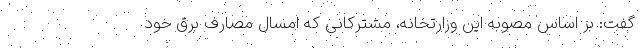
گفت: بر اساس مصوبه این وزارتخانه، مشترکانی که امسال مصارف برق خود